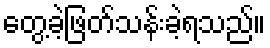
တွေ့ခဲ့ဖြတ်သန်းခဲ့ရသည်။